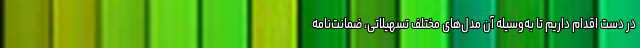
در دست اقدام داریم تا به‌وسیله آن مدل‌های مختلف تسهیلاتی، ضمانت‌نامه